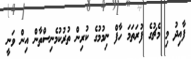
ފާއިދު މި މެޗުގެ ފުރަތަމަ ހާފް ނިމުމުގެ ކުރިން ތުރުކުމެނިސްތާން އިން ވަނީ